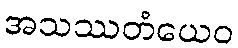
အသဿတံယေဝ